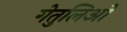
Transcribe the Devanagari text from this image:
गेतुलिओ